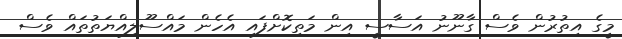
މީގެ އިތުރުން ވެސް ގާނޫނު އަސާސީ އިން މަތިކޮށްފައި އެހެން މައްސޫލިއްޔަތުތައް ވެސް